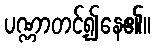
ပဏ္ဏာတင့်၍နေ၏။